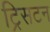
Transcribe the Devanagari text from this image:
ट्रिसटन